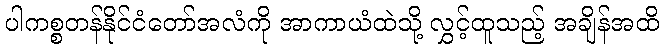
ပါကစ္စတန်နိုင်ငံတော်အလံကို အာကာယံထဲသို့ လွှင့်ထူသည့် အချိန်အထိ